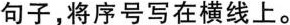
句子,将序号写在横线上.